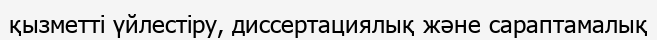
қызметті үйлестіру, диссертациялық және сараптамалық